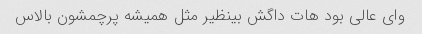
وای عالی بود هات داگش بینظیر مثل همیشه پرچمشون بالاس